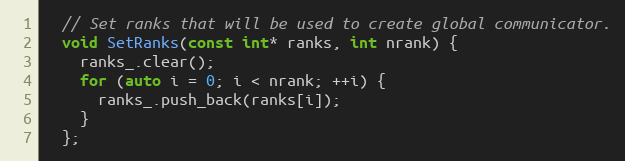
Language: C
  // Set ranks that will be used to create global communicator.
  void SetRanks(const int* ranks, int nrank) {
    ranks_.clear();
    for (auto i = 0; i < nrank; ++i) {
      ranks_.push_back(ranks[i]);
    }
  };